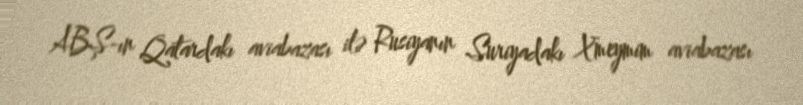
ABŞ-ın Qatardakı aviabazası ilə Rusiyanın Suriyadakı Xmeymim aviabazası